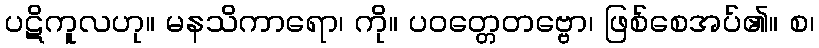
ပဋိကူလဟု။ မနသိကာရော၊ ကို။ ပဝတ္တေတဗ္ဗော၊ ဖြစ်စေအပ်၏။ စ၊